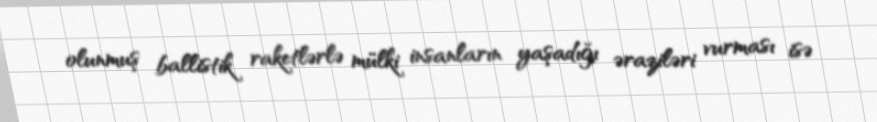
olunmuş ballistik raketlərlə mülki insanların yaşadığı əraziləri vurması isə